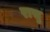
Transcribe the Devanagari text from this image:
रासु